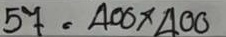
57 = 400 x 400